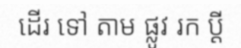
ដើរ ទៅ តាម ផ្លូវ រក ប្តី